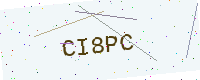
Text: CI8PC